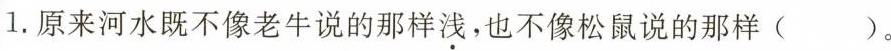
1.原来河水既不像老牛说的那样浅，也不像松鼠说的那样( )。